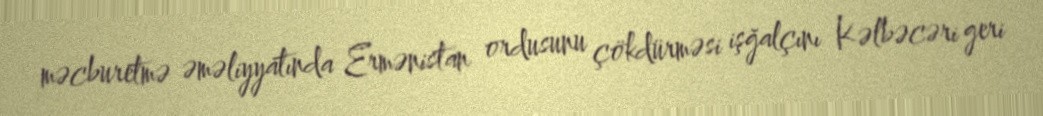
məcburetmə əməliyyatında Ermənistan ordusunu çökdürməsi işğalçını Kəlbəcəri geri